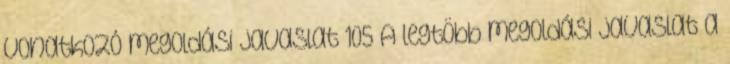
vonatkozó megoldási javaslat 105 A legtöbb megoldási javaslat a